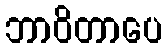
ဘာဝိတာပေ